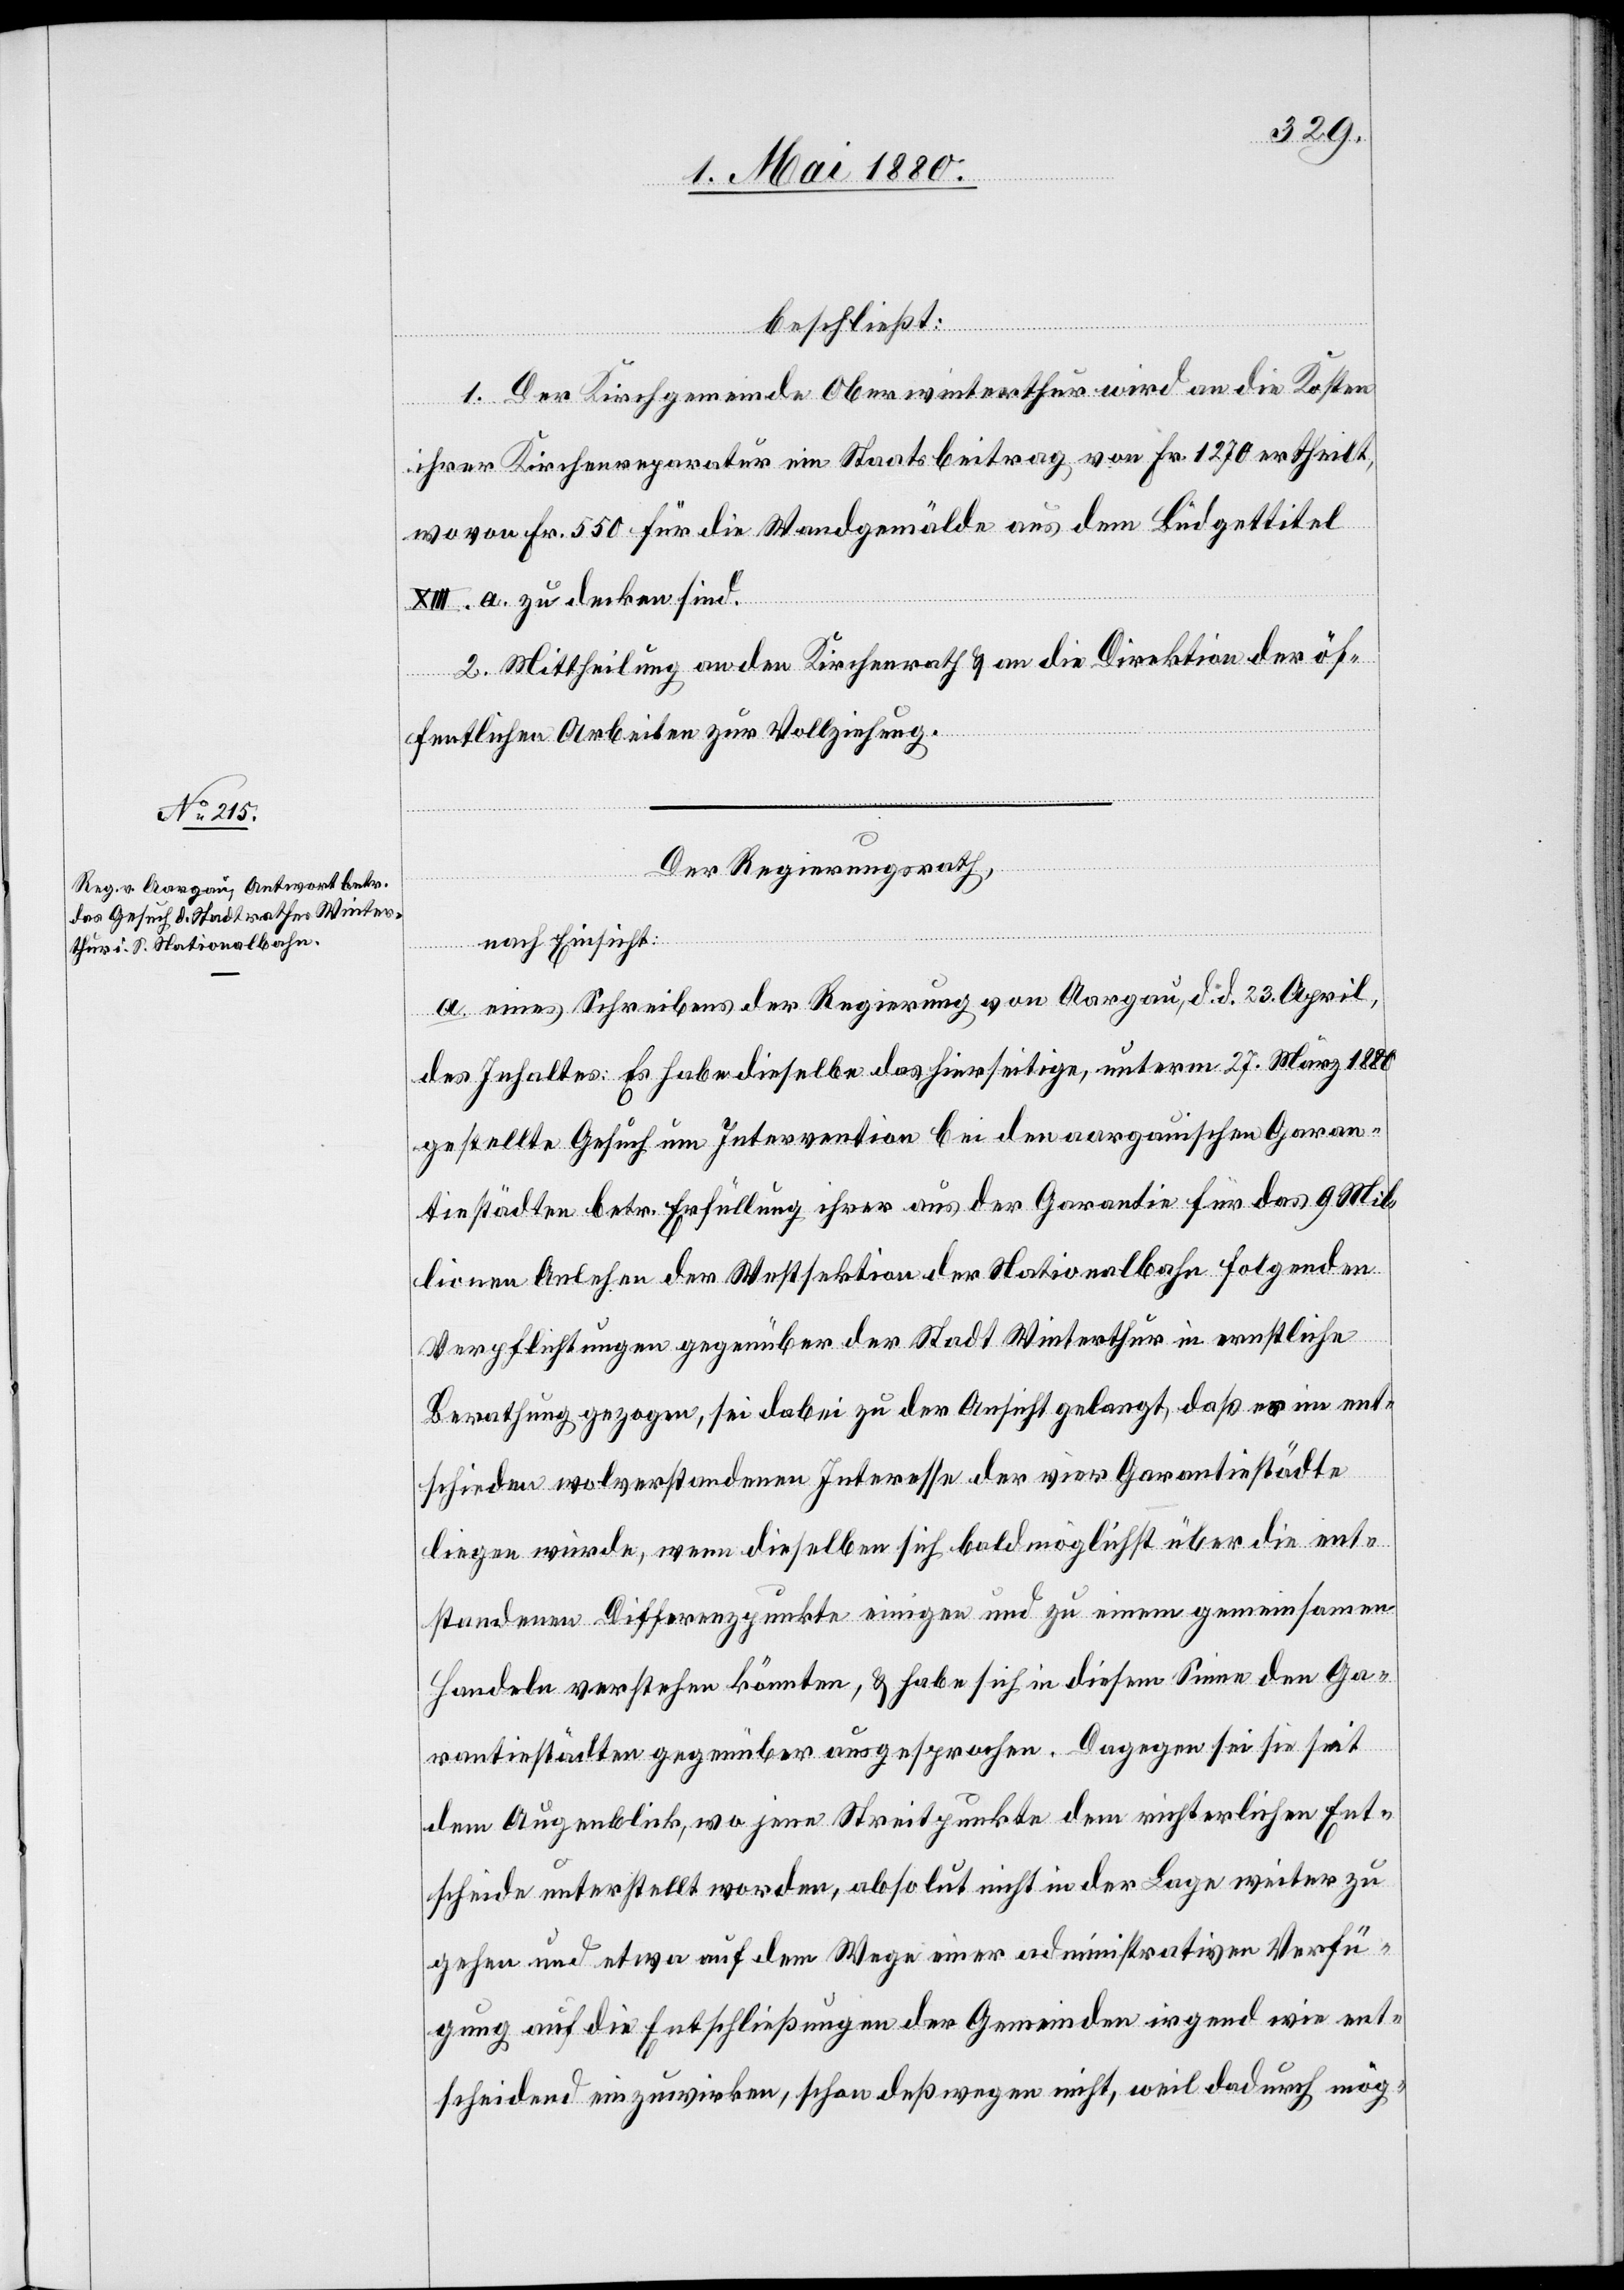
beschließt:
1. Der Kirchgemeinde Oberwinterthur wird an die Kosten
ihrer Kirchenreparatur ein Staatsbeitrag von Fr. 1270 ertheilt,
wovon Fr. 500 für die Wandgemälde aus dem Büdgettitel
XIII. a. zu decken sind.
2. Mittheilung an den Kirchenrath & an die Direktion der öf¬
fentlichen Arbeiten zur Vollziehung.
Der Regierungsrath,
nach Einsicht:
a. eines Schreibens der Regierung von Aargau, d. d. 23. April,
des Inhaltes: Es habe dieselbe das hierseitige, unterm 27. März 1880
gestellte Gesuch um Intervention bei den aargauischen Garan¬
tiestädten betr. Erfüllung ihrer aus der Garantie für das 9 Mil¬
lionen Anlehen der Westsektion der Nationalbahn folgenden
Verpflichtungen gegenüber der Stadt Winterthur in ernstliche
Berathung gezogen, sei dabei zu der Ansicht gelangt, daß es im ent¬
schieden wolverstandenen Interesse der vier Garantiestädte
liegen würde, wenn dieselben sich baldmöglichst über die ent¬
standenen Differenzpunkte einigen und zu einem gemeinsamen
Handeln verstehen könnten, & habe sich in diesem Sinne den Ga¬
rantiestädten gegenüber ausgesprochen. Dagegen sei sie seit
dem Augenblick, wo jene Streitpunkte dem richterlichen Ent¬
scheide unterstellt worden, absolut nicht in der Lage weiter zu
gehen und etwa auf dem Wege einer administrativen Verfü¬
gung auf die Entschließungen der Gemeinden irgend wie ent¬
scheidend einzuwirken, schon deßwegen nicht, weil dadurch mög-